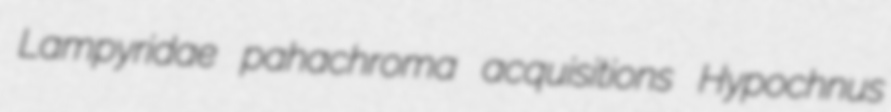
Lampyridae pahachroma acquisitions Hypochnus